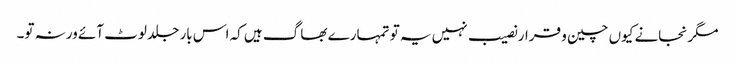
مگر نجانے کیوں چین و قرار نصیب نہیں یہ تو تمہارے بھاگ ہیں کہ اس بار جلد لوٹ آئے ورنہ تو۔